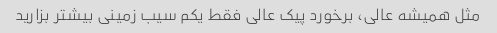
مثل همیشه عالی، برخورد پیک عالی فقط یکم سیب زمینی بیشتر بزارید